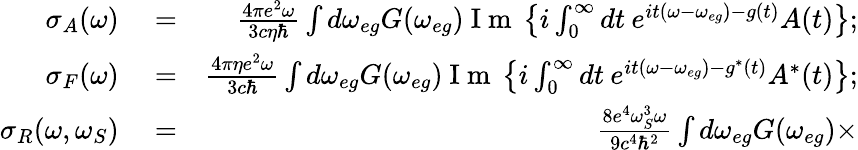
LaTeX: \begin{array}{rlr}{\sigma_{A}(\omega)}&{{}=}&{\frac{4\pi e^{2}\omega}{3c\eta\hbar}\int d\omega_{eg}G(\omega_{eg})\mathrm{~I~m~}\left\{ i\int_{0}^{\infty}dt\: e^{it(\omega-\omega_{eg})-g(t)}A(t)\right\} ;}\\ {\sigma_{F}(\omega)}&{{}=}&{\frac{4\pi\eta e^{2}\omega}{3c\hbar}\int d\omega_{eg}G(\omega_{eg})\mathrm{~I~m~}\left\{ i\int_{0}^{\infty}dt\: e^{it(\omega-\omega_{eg})-g^{*}(t)}A^{*}(t)\right\} ;}\\ {\sigma_{R}(\omega,\omega_{S})}&{{}=}&{\frac{8e^{4}\omega_{S}^{3}\omega}{9c^{4}\hbar^{2}}\int d\omega_{eg}G(\omega_{eg})\times}\end{array}